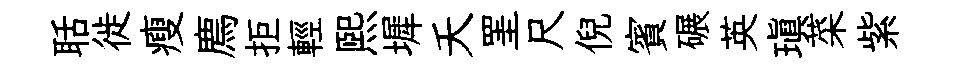
聒徙瘦廌拒輕熙墀夭罣尺倪賓碾英瑱菜紫